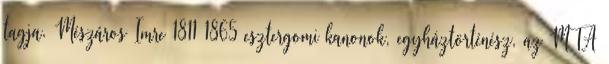
tagja. Mészáros Imre 1811–1865 esztergomi kanonok, egyháztörténész, az MTA